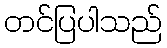
တင်ပြပါသည်